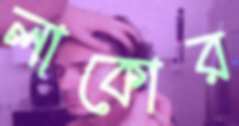
লাকোর